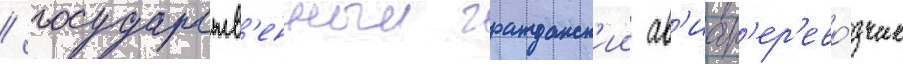
/ государств'енныи гражданск'ии ав'иап'ер'ево́зчик